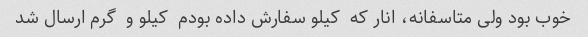
خوب بود ولی متاسفانه، انار که  کیلو سفارش داده بودم  کیلو و  گرم ارسال شد